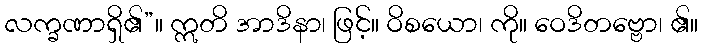
လက္ခဏာရှိ၏”။ ဣတိ အာဒိနာ၊ ဖြင့်။ ဝိစယော၊ ကို။ ဝေဒိတဗ္ဗော၊ ၏။